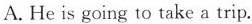
A. He is going to take a trip.